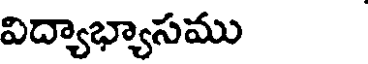
విద్యాభ్యాసము